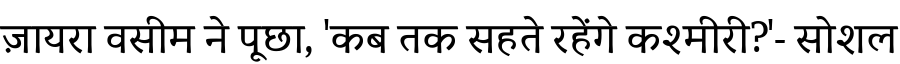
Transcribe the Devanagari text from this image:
ज़ायरा वसीम ने पूछा, 'कब तक सहते रहेंगे कश्मीरी?'- सोशल